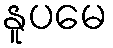
နူပမေ